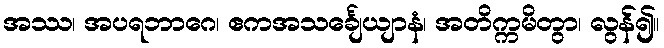
အဿ၊ အပရဘာဂေ၊ ဧကအသင်္ချေယျာနံ၊ အတိက္ကမိတွာ၊ လွန်၍။